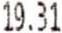
19.31